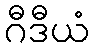
ဂီဒီယံ